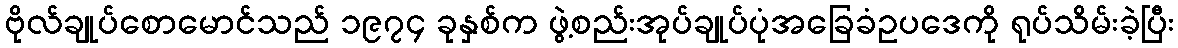
ဗိုလ်ချုပ်စောမောင်သည် ၁၉၇၄ ခုနှစ်က ဖွဲ့စည်းအုပ်ချုပ်ပုံအခြေခံဥပဒေကို ရုပ်သိမ်းခဲ့ပြီး